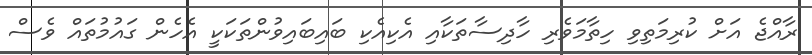
ރާއްޖެ އަށް ކުރިމަތިވި ހިތާމަވެރި ހާދިސާތަކާއި އެކިއެކި ބައިބައިވުންތަކަކީ އެހެން ގައުމުތައް ވެސް